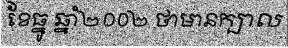
ខែធ្នូ ឆ្នាំ២០០២ ថាមានក្បាល